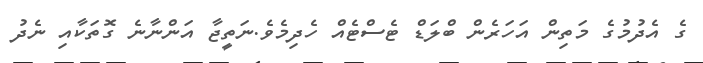
ގެ އެދުމުގެ މަތިން އަހަރެން ބްލަޑް ޓެސްޓެއް ހެދިމެވެ.ނަތީޖާ އަންނާނެ ގޮތަކާއި ނެދު